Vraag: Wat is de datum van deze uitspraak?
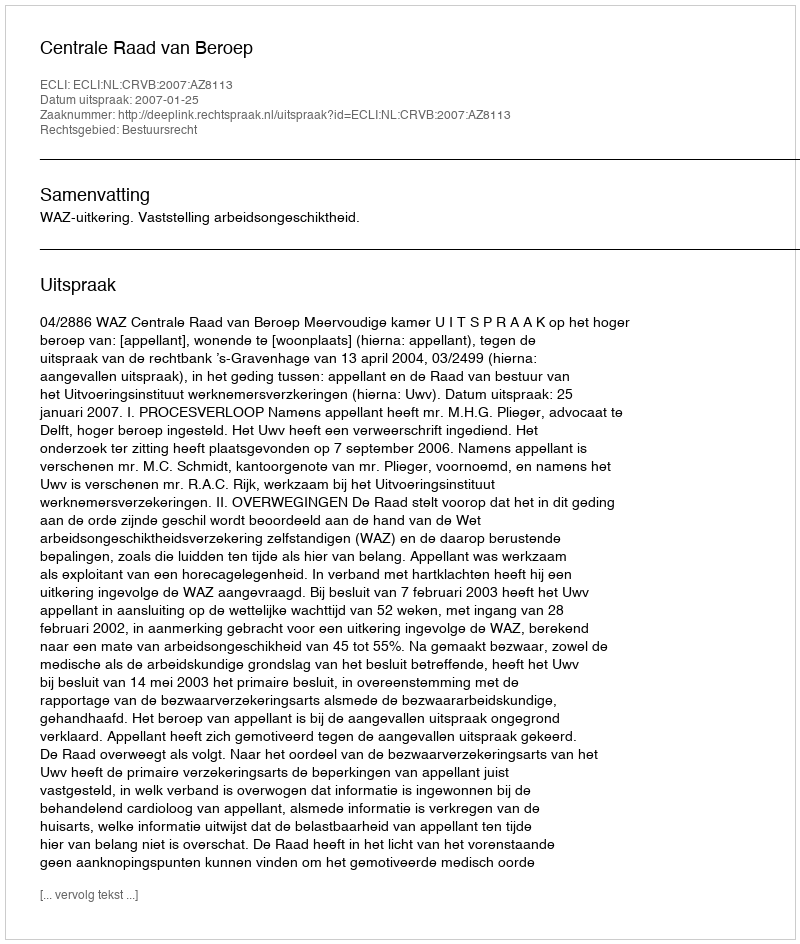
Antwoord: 2007-01-25